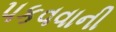
પકવવાની